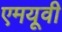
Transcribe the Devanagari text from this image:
एमयूवी